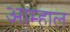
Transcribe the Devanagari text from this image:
आम्हाल